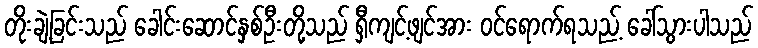
တိုးချဲ့ခြင်းသည် ခေါင်းဆောင်နှစ်ဦးတို့သည် ရှီကျင့်ဖျင်အား ဝင်ရောက်ရသည့် ခေါ်သွားပါသည်